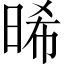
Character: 晞